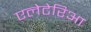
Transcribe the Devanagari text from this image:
एलेटेरिआ